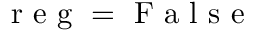
\mathrm { ~ r ~ e ~ g ~ } = \mathrm { ~ F ~ a ~ l ~ s ~ e ~ }